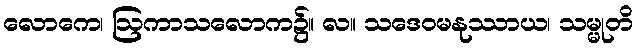
လောကေ၊ ဩကာသလောက၌။ လ။ သဒေဝမနုဿာယ၊ သမ္မုတိ